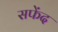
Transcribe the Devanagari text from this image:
सफेंद